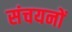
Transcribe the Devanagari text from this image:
संचयनों